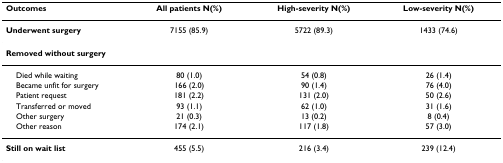
<table><thead><tr><td><b>Outcomes</b></td><td><b>All patients N(%)</b></td><td><b>High-severity N(%)</b></td><td><b>Low-severity N(%)</b></td></tr></thead><tbody><tr><td><b>Underwent surgery</b></td><td>7155 (85.9)</td><td>5722 (89.3)</td><td>1433 (74.6)</td></tr><tr><td><b>Removed without surgery</b></td><td></td><td></td><td></td></tr><tr><td> Died while waiting</td><td>80 (1.0)</td><td>54 (0.8)</td><td>26 (1.4)</td></tr><tr><td> Became unfit for surgery</td><td>166 (2.0)</td><td>90 (1.4)</td><td>76 (4.0)</td></tr><tr><td> Patient request</td><td>181 (2.2)</td><td>131 (2.0)</td><td>50 (2.6)</td></tr><tr><td> Transferred or moved</td><td>93 (1.1)</td><td>62 (1.0)</td><td>31 (1.6)</td></tr><tr><td> Other surgery</td><td>21 (0.3)</td><td>13 (0.2)</td><td>8 (0.4)</td></tr><tr><td> Other reason</td><td>174 (2.1)</td><td>117 (1.8)</td><td>57 (3.0)</td></tr><tr><td><b>Still on wait list</b></td><td>455 (5.5)</td><td>216 (3.4)</td><td>239 (12.4)</td></tr></tbody></table>